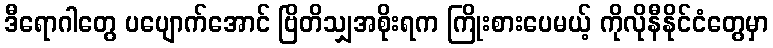
ဒီရောဂါတွေ ပပျောက်အောင် ဗြိတိသျှအစိုးရက ကြိုးစားပေမယ့် ကိုလိုနီနိုင်ငံတွေမှာ